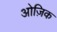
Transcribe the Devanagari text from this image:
ओज़िक